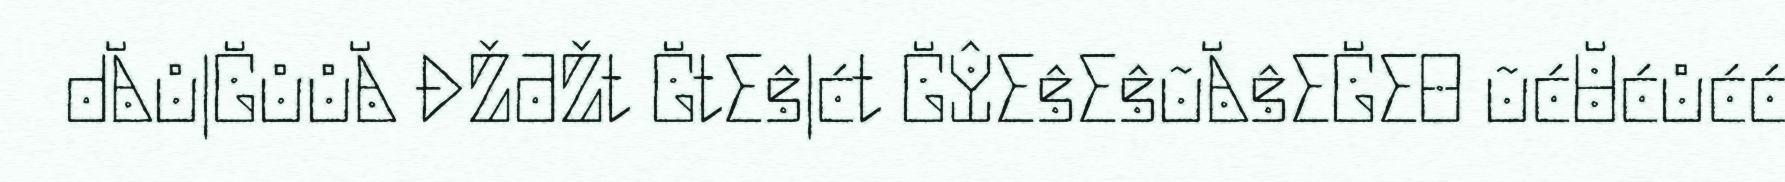
dĂůǀĞůůĂ ĐŽƌŽƚ ĞƚƐŝǀćƚ ĞŶƐŝƐŝũĂŝƐĞƐƟ ũćŬćůćć